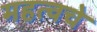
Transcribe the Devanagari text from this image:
महत्वचे